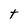
Character: t